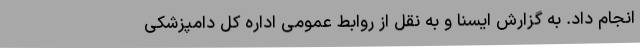
انجام داد. به گزارش ایسنا و به نقل از روابط عمومی اداره کل دامپزشکی